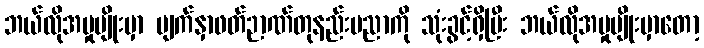
ဘယ်လိုအမှုမျိုးမှာ မျက်နှာဖတ်ဉာဏ်တုနည်းပညာကို သုံးခွင့်ရှိပြီး ဘယ်လိုအမှုမျိုးမှာတော့